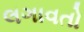
લગાવતો